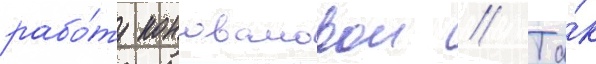
рабо́ту коноваловои // Та́к